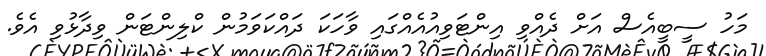
މަހު ސީބީއެސް އަށް ދެއްވި އިންޓަވިއުއެއްގައި ވާހަކަ ދައްކަވަމުން ކްލިންޓަން ވިދާޅުވި އެވެ.